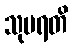
သုမရတိ